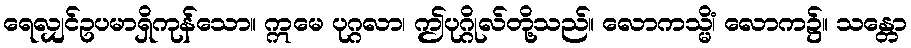
ရေလျှင်ဥပမာရှိကုန်သော။ ဣမေ ပုဂ္ဂလာ၊ ဤပုဂ္ဂိုလ်တို့သည်။ လောကသ္မိံ၊ လောက၌။ သန္တော